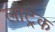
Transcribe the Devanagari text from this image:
लौट्रेक